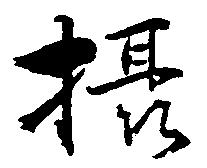
摂